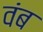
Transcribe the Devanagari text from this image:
वंब